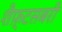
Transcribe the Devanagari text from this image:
शैफ़्टसबरी